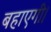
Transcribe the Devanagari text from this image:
बहाएगी।